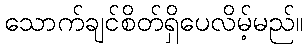
သောက်ချင်စိတ်ရှိပေလိမ့်မည်။